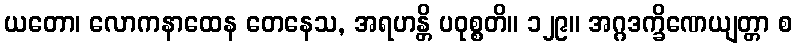
ယတော၊ လောကနာထေန တေနေသ, အရဟန္တိ ပဝုစ္စတိ။ ၁၂၉။ အဂ္ဂဒက္ခိဏေယျတ္တာ စ